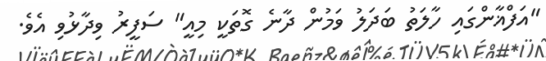
"އަފްޣާންގައި ހާލަތު ބަދަލު ވަމުން ދާނެ ގޮތަކީ މިއީ" ސަފީރު ވިދާޅުވި އެވެ.